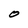
Character: O